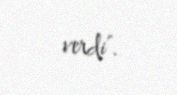
verdi".